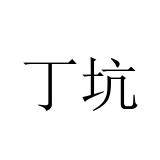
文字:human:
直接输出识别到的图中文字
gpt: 丁坑